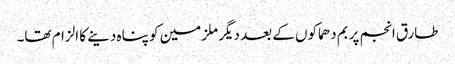
طارق انجم پر بم دھماکوں کے بعد دیگر ملزمین کو پناہ دینے کا الزام تھا۔